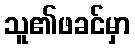
သူ၏ဖခင်မှာ